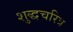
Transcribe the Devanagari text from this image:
शुद्धचरित्र